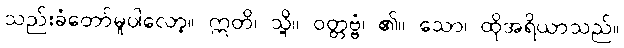
သည်းခံတော်မူပါလော့။ ဣတိ၊ သို့။ ဝတ္တဗ္ဗံ၊ ၏။ သော၊ ထိုအရိယာသည်။